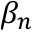
\beta _ { n }